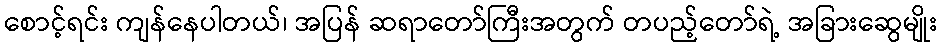
စောင့်ရင်း ကျန်နေပါတယ်၊ အပြန် ဆရာတော်ကြီးအတွက် တပည့်တော်ရဲ့ အခြားဆွေမျိုး